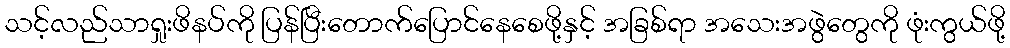
သင့်လည်သာရှုးဖိနပ်ကို ပြန်ပြီးတောက်ပြောင်နေစေဖို့နှင့် အခြစ်ရာ အသေးအဖွဲတွေကို ဖုံးကွယ်ဖို့